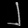
Digit: ၂